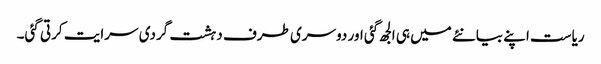
ریاست اپنے بیانئے میں ہی الجھ گئی اور دوسری طرف دہشت گردی سرایت کرتی گئی۔